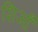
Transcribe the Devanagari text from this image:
शिआँ